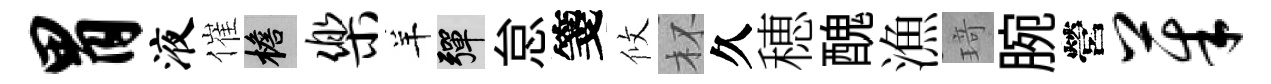
胃液催檐乐羊彈怠箋攸杯久穂醜漁𤦺腕營茱